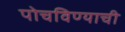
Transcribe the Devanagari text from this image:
पोचविण्याची